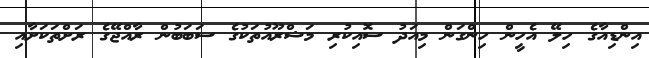
އިންޑިއާގެ ހިލޭ އެހީން ހިންގަން މިއަދު ސޮއިކުރި މަޝްރޫއުތަކުގެ ސަބަބުން ރާއްޖޭގެ ރަށްތަކަށާއި